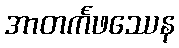
အာတင်္ကဖဿေန